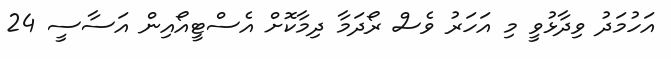
އަހުމަދު ވިދާޅުވީ މި އަހަރު ވެސް ރޯދަމާ ދިމާކޮށް އެސްޓީއޯއިން އަސާސީ 24